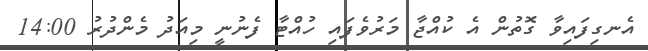
އެނގިފައިވާ ގޮތުން އެ ކުއްޖާ މަރުވެފައި ހުއްޓާ ފެނުނީ މިއަދު މެންދުރު 14:00